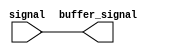
module io_block_low_power_buffer (
    input wire signal,
    output wire buffer_signal
);
    
// Verilog code for I/O Blocks Low-power buffer

assign buffer_signal = signal;

endmodule